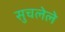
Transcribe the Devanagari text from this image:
सुचलेले